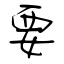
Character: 要